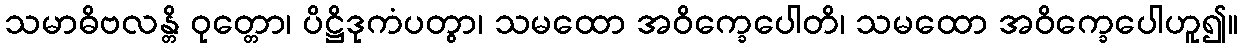
သမာဓိဗလန္တိ ဝုတ္တော၊ ပိဋ္ဌိဒုကံပတွာ၊ သမထော အဝိက္ခေပေါတိ၊ သမထော အဝိက္ခေပေါဟူ၍။